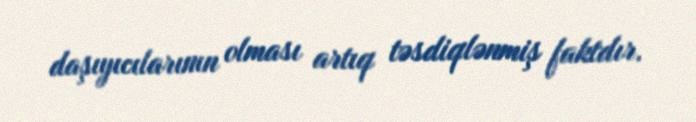
daşıyıcılarının olması artıq təsdiqlənmiş faktdır.